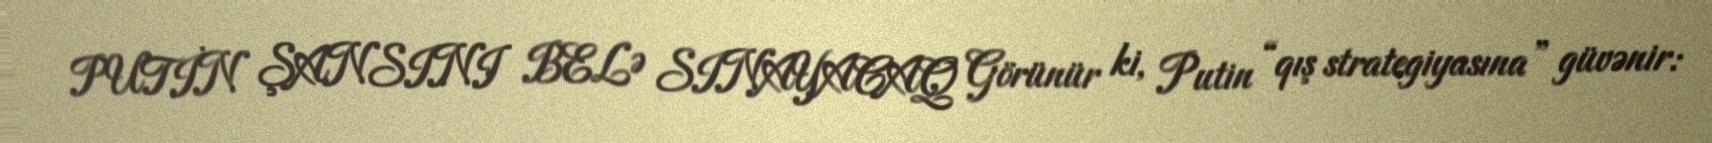
PUTİN ŞANSINI BELƏ SINAYACAQ Görünür ki, Putin “qış strategiyasına” güvənir: